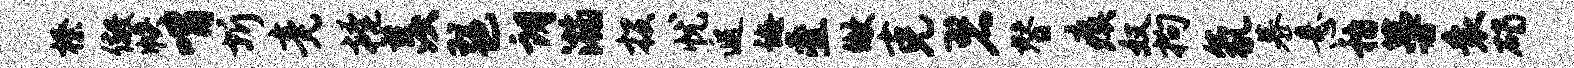
榛儆帙喟圻竟掩羡琶朗瀚投忧遐诲叠做克碧替瘼奴拘氛慕悬稽蔓衰碣